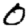
Digit: 0